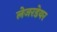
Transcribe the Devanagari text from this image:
लेजरडेयर